Elephants and their diseases
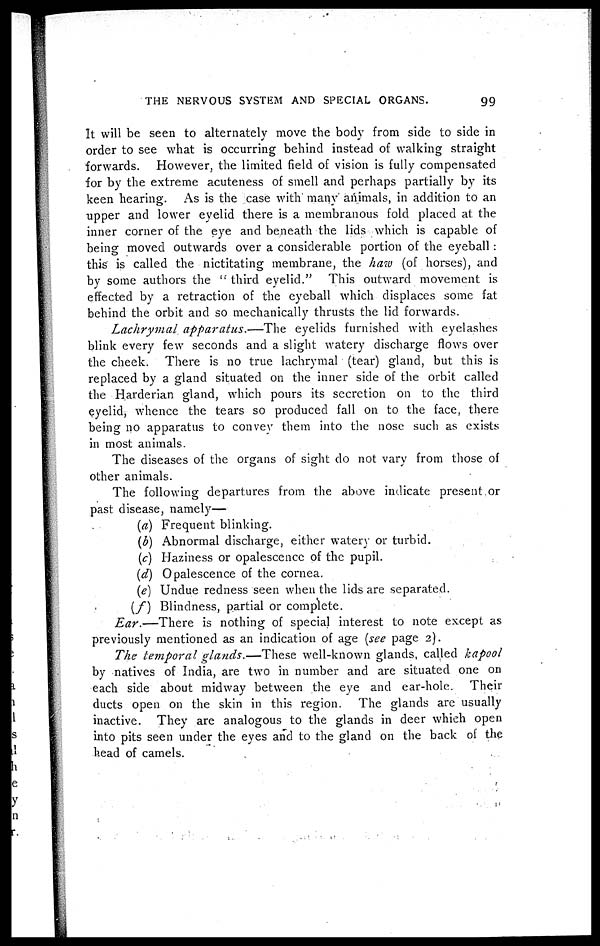
THE NERVOUS SYSTEM AND SPECIAL ORGANS.
99
It will be seen to alternately move the body from side to side in
order to see what is occurring behind instead of walking straight
forwards. However, the limited field of vision is fully compensated
for by the extreme acuteness of smell and perhaps partially by its
keen hearing. As is the lease with many animals, in addition to an
upper and lower eyelid there is a membranous fold placed at the
inner corner of the eye and beneath the lids which is capable of
being moved outwards over a considerable portion of the eyeball :
this is called the nictitating membrane, the haw (of horses), and
by some authors the " third eyelid." This outward movement is
effected by a retraction of the eyeball which displaces some fat
behind the orbit and so mechanically thrusts the lid forwards.
Lachrymal apparatus.—The
eyelids furnished with eyelashes
blink every few seconds and a slight watery discharge flows over
the cheek. There is no true lachrymal (tear) gland, but this is
replaced by a gland situated on the inner side of the orbit called
the Harderian gland, which pours its secretion on to the third
eyelid , whence the tears so produced fall on to the face, there
being no apparatus to convey them into the nose such as exists
in most animals.
The diseases of the organs of sight do not vary from those of
other animals.
The following departures from the above indicate present or
past disease, namely—
(a) Frequent blinking.
(b) Abnormal discharge, either watery or turbid.
(c) Haziness or opalescence of the pupil.
(d) Opalescence of the cornea.
(e) Undue redness seen when the lids are separated.
(f) Blindness, partial or complete.
Ear.—There
is nothing of special interest to note except as
previously mentioned as an indication of age (see page 2).
The temporal glands.—These well-known glands, called kapool
by natives of India, are two in number and are situated one on
each side about midway between the eye and ear-hole. Their
ducts open on the skin in this region. The glands are usually
inactive. They are analogous to the glands in deer which open
into pits seen under the eyes and to the gland on the back of the
head of camels.